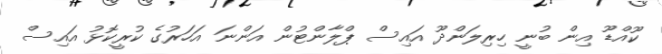
ކޫއްޑޫ އިން ބުނީ ހިރިލަންދޫ އައިސް ޕްލާންޓުން އަންނަ އަހަރުގެ ކުރީކޮޅު އައިސް